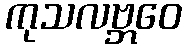
ကုသလဗ္ဘဝေ